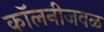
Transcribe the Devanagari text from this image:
कॉलनीजवळ